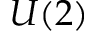
U ( 2 )